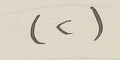
(٢)